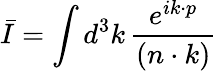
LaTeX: \bar{I}=\int d^{3}k\, {\frac{e^{ik\cdot p}}{(n\cdot k)}}